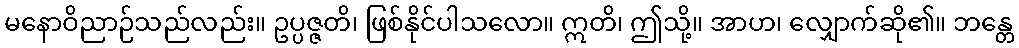
မနောဝိညာဉ်သည်လည်း။ ဥပ္ပဇ္ဇတိ၊ ဖြစ်နိုင်ပါသလော။ ဣတိ၊ ဤသို့။ အာဟ၊ လျှောက်ဆို၏။ ဘန္တေ